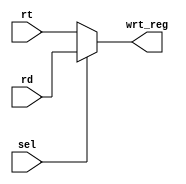

module mux_5(rt,rd,sel,wrt_reg);
    input [4:0] rt,rd;
    input sel;

    output [4:0]wrt_reg;

    assign wrt_reg=sel? rd : rt;

endmodule //